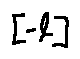
[ - l ]